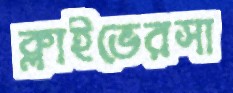
ক্লাইভেরসা